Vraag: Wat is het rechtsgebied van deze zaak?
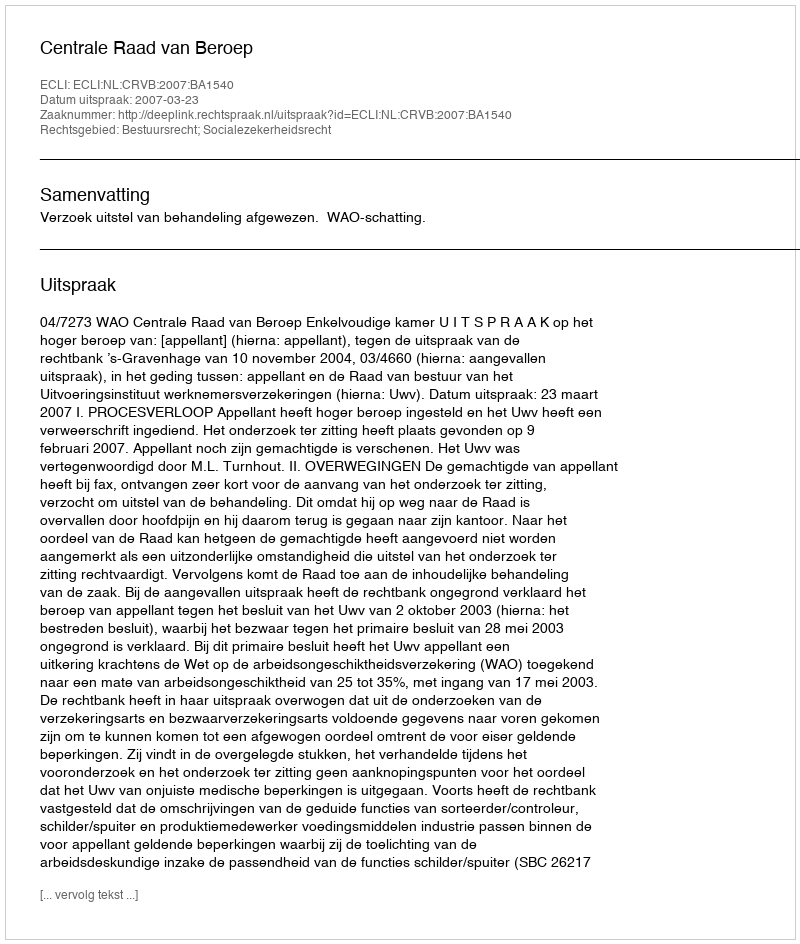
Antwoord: Bestuursrecht; Socialezekerheidsrecht